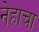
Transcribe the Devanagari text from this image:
नेहाचा